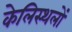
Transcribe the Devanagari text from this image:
केलिस्थलों